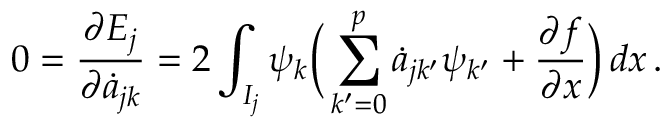
0 = \frac { \partial E _ { j } } { \partial \dot { a } _ { j k } } = 2 \int _ { I _ { j } } \psi _ { k } \bigg ( \sum _ { k ^ { \prime } = 0 } ^ { p } \dot { a } _ { j k ^ { \prime } } \psi _ { k ^ { \prime } } + \frac { \partial f } { \partial x } \bigg ) \mathop { d x } .